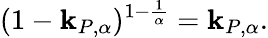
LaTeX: (1-\mathbf{k}_{P,\alpha})^{1-\frac{{1}}{{\alpha}}}=\mathbf{k}_{P,\alpha}.